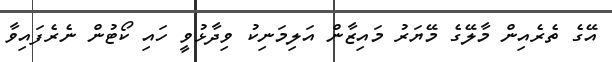
އޭގެ ތެރެއިން މާލޭގެ މޭޔަރު މައިޒާން އަލިމަނިކު ވިދާޅުވީ ހައި ކޯޓުން ނެރެފައިވާ